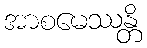
အာစမေဿန္တိ